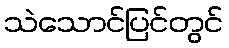
သဲသောင်ပြင်တွင်